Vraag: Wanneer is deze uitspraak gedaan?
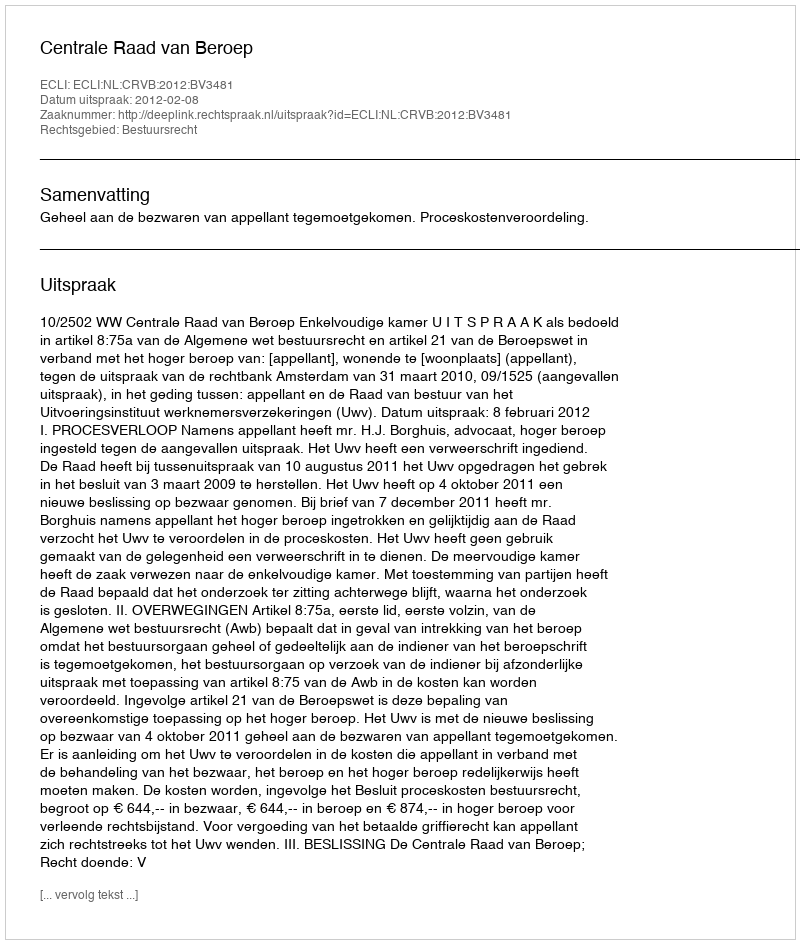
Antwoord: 2012-02-08